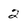
Character: 2